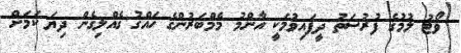
ވޯޓު ލުމުގެ ފުރުސަތު ދީފައިވުމަކީ އާންމު މެމްބަރުންގެ ހައްގު ގެއްލިގެން ދިޔަ ކަމަށް